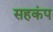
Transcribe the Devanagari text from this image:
सहकंप